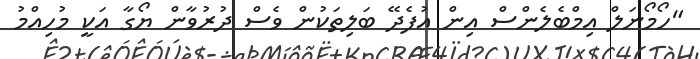
"ހޯމޯނަލް އިމްބެލެންސް އިން އުފެދޭ ބަލިތަކުން ވެސް ދުރުވާން ޔޯގާ އަކީ މުހިއްމު